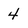
Character: 4